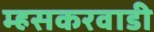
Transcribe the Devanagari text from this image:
म्हसकरवाडी